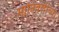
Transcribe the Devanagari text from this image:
मानिवलीच्या